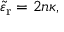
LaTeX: { \tilde { \varepsilon } } _ { \mathrm { r } } = 2 n \kappa ,